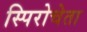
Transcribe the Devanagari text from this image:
स्पिरोचेता